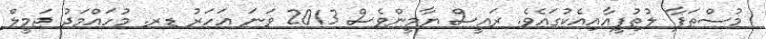
މުސްތަފާ ލުތުފީއާއިއެކުގައެވެ. ރައީސް ޔާމީންވެސް 2013 ވަނަ އަހަރު ޑރ. މުހައްމަދު ޖަމީލް